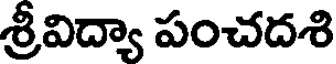
శ్రీవిద్యా పంచదశి